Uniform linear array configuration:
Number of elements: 24
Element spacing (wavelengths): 0.5
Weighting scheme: hann
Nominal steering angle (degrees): -30
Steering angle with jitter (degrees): -30.765
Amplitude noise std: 0.05
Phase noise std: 0.05

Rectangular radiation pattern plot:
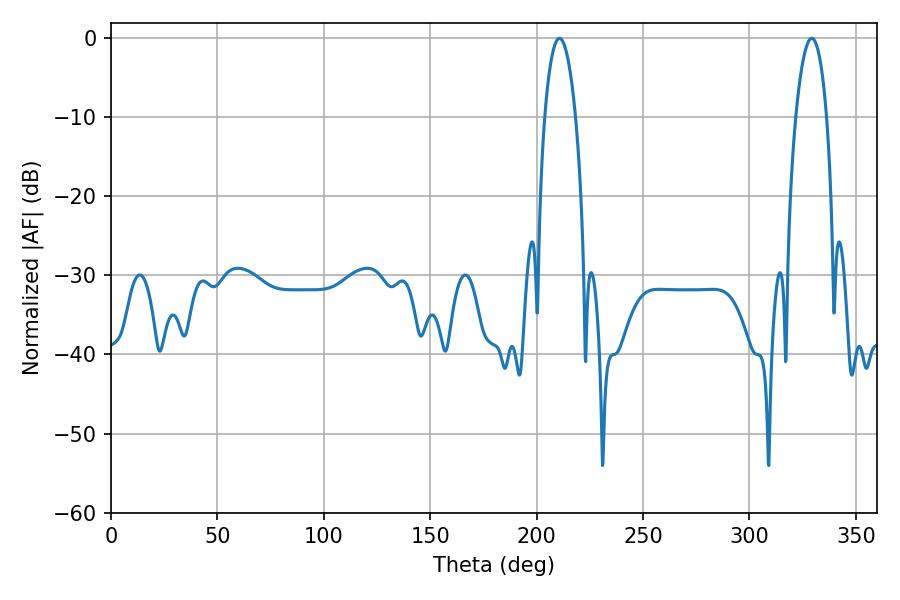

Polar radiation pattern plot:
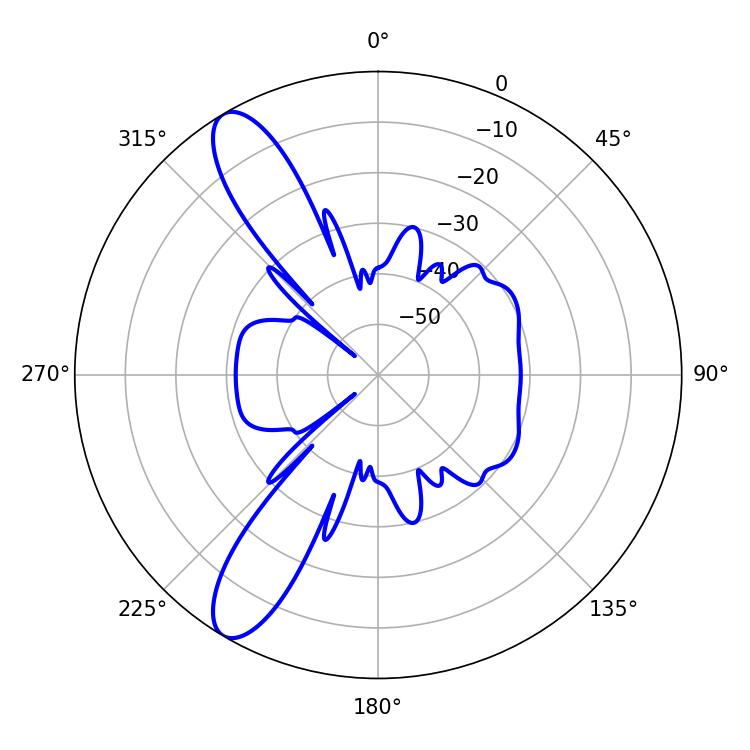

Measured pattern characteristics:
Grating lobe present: FALSE
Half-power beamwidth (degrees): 8.1
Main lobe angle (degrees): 210.78